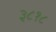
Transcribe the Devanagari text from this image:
३८१८